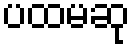
ပထမဆု